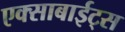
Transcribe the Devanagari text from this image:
एक्साबाईट्स